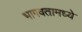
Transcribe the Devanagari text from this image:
भागवतामध्ये